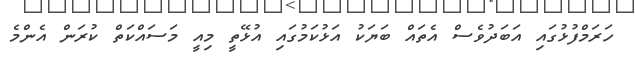
ހަރަމްފުޅުގައި އަބަދުވެސް އެތައް ބަޔަކު އަޅުކަމުގައި އުޅޭތީ މިއީ މަސައްކަތް ކުރަން އެންމެ